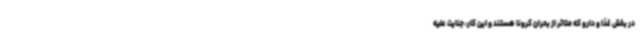
در بخش غذا و دارو که متاثر از بحران کرونا هستند و این کار، جنایت علیه